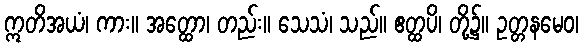
ဣတိအယံ၊ ကား။ အတ္ထော၊ တည်း။ သေသံ၊ သည်။ ဧတ္ထပိ၊ တို့၌။ ဥတ္တနမေဝ၊